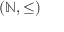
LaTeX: ( \mathbb { N } , \leq )